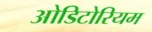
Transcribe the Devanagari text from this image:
ओडिटोरियम